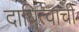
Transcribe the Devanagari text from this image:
दायित्वाची